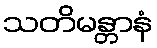
သတိမန္တာနံ